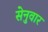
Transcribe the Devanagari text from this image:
सेनुवार